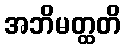
အဘိမတ္ထတိ